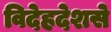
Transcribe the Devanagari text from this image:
विदेहदेशसे